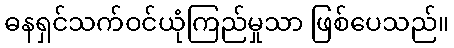
ဓနရှင်သက်ဝင်ယုံကြည်မှုသာ ဖြစ်ပေသည်။